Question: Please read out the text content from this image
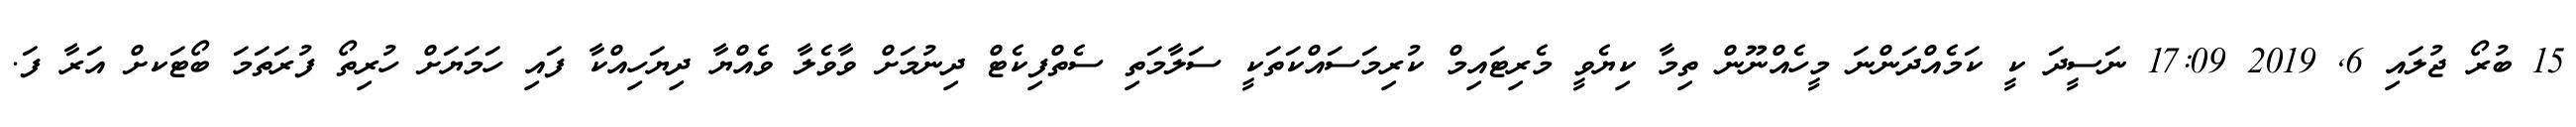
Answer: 15 ބުރޯ ޖުލައި 6, 2019 17:09 ނަސީދަ ކީ ކަމެއްދަންނަ މީހެއްނޫން ތިމާ ކިޔެވީ މެރިޓައިމް ކުރިމަސައްކަތަކީ ސަލާމަތި ސެތްފިކެޓް ދިނުމަށް ވާވެލާ ވެއްޔާ ދިޔަހިއްކާ ފައި ހަމަޔަށް ހުރިތޯ ފުރަތަމަ ބޯޓަކށް އަރާ ފަ.